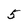
Character: 5